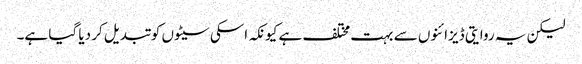
لیکن یہ روایتی ڈیزائنوں سے بہت مختلف ہے کیونکہ اسکی سیٹوں کو تبدیل کر دیا گیا ہے۔